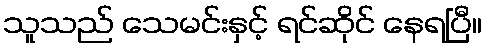
သူသည် သေမင်းနှင့် ရင်ဆိုင် နေရပြီ။